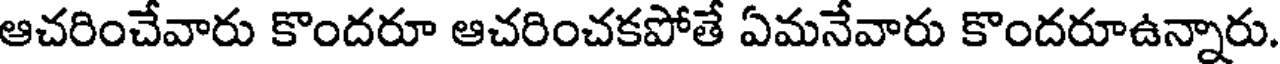
ఆచరించేవారు కొందరూ ఆచరించకపోతే ఏమనేవారు కొందరూఉన్నారు.